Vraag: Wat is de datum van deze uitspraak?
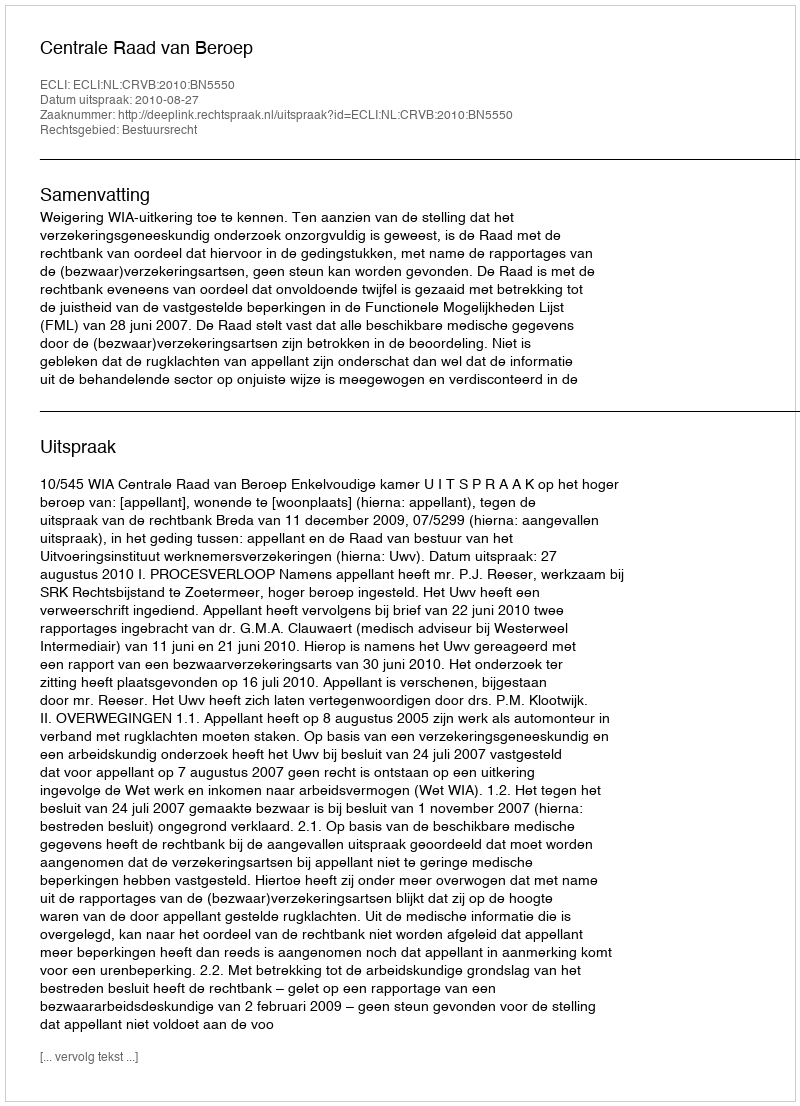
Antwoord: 2010-08-27